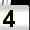
Digit: 4